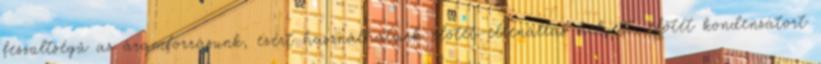
feszültségû az áramforrásunk, ezért használhatunk elõtét-ellenállás helyett, elõtét kondenzátort